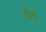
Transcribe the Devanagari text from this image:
ड़ीह